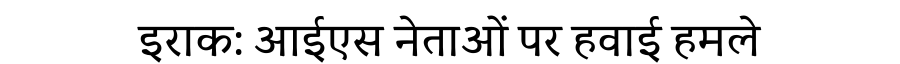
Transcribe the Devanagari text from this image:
इराक: आईएस नेताओं पर हवाई हमले